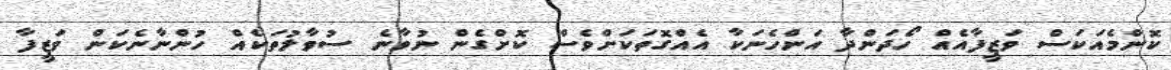
ކޮންމެއަކަސް ވަޒީފާއެއް ހޯދަންދާ އަންހެނަކާ އެއްގޮތަކަށްވެސް ކޮށްގެން ނުވާނެ ސުވާލުތަކެއް ހުންނާނެކަން ވަޒީފާ